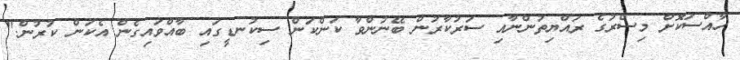
ހާއްސަކޮށް މިސްރުގެ ރައްޔިތުންނާއި ސަރުކާރުން ބޭނުންވާ ކަންކަން ސިކުނޑީގައި ބާއްވައިގެން އެކަން ކުރުން."